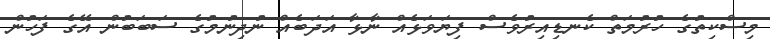
މިސްކިތުގެ ހުރުމަތް ކެނޑިއިރުވެސް ފިޔަވަޅެއް ނާޅާ އަދަބެއް ނުދިނުމުގެ ސަބަބުން އޭގެ ފަހުން